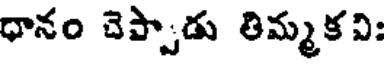
ధానం చెప్పాడు తిమ్మకవి: